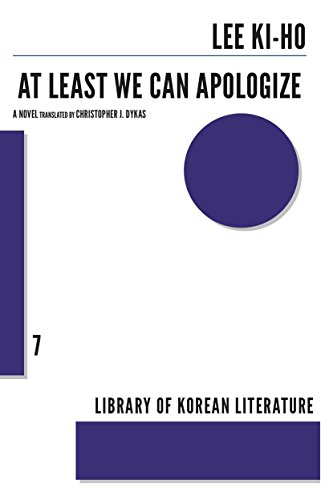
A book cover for At Least We Can Apologize (Library of Korean Literature); Lee Ki-ho; Humor & Entertainment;